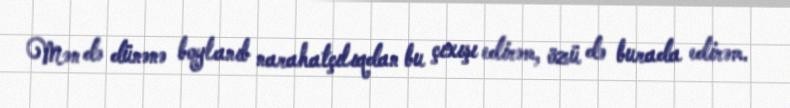
Mən də dünənə boylanıb narahatçılıqdan bu çıxışı edirəm, özü də burada edirəm.